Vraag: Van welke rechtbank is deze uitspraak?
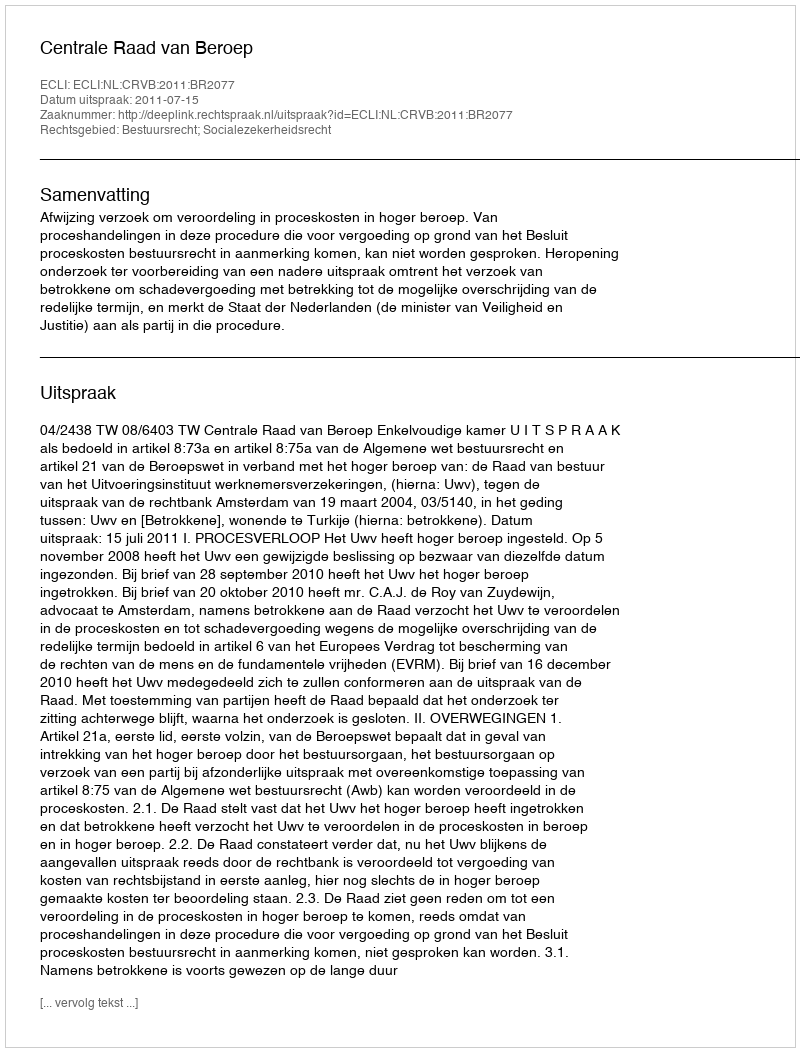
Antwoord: Centrale Raad van Beroep